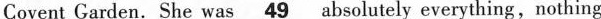
Covent Carden. She was\underline49 absolutely everything,nothing